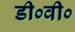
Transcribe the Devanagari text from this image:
डी०वी०